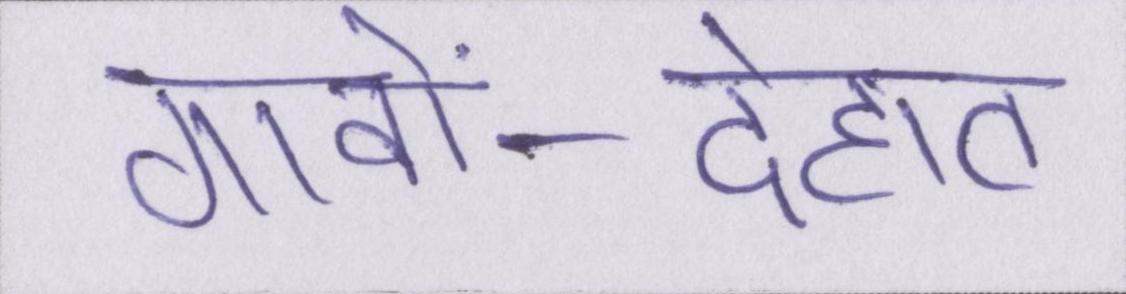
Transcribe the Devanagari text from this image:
गावों-देहात